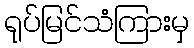
ရုပ်မြင်သံကြားမှ